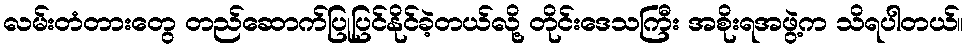
လမ်းတံတားတွေ တည်ဆောက်ပြုပြင်နိုင်ခဲ့တယ်လို့ တိုင်းဒေသကြီး အစိုးရအဖွဲ့က သိရပါတယ်။